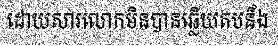
ដោយសារលោកមិនបានឆ្លើយតបនឹង